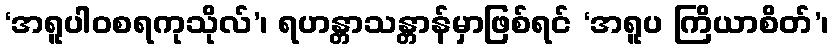
‘အရူပါဝစရကုသိုလ်’၊ ရဟန္တာသန္တာန်မှာဖြစ်ရင် ‘အရူပ ကြိယာစိတ်’၊